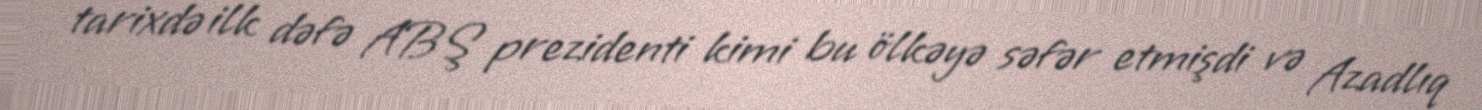
tarixdə ilk dəfə ABŞ prezidenti kimi bu ölkəyə səfər etmişdi və Azadlıq